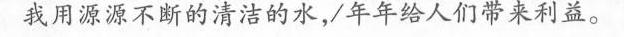
我用源源不断的清洁的水，年年给人们带来利益。